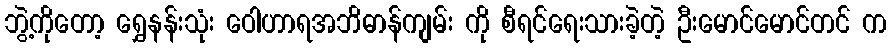
ဘွဲ့ကိုတော့ ရွှေနန်းသုံး ဝေါဟာရအဘိဓာန်ကျမ်း ကို စီရင်ရေးသားခဲ့တဲ့ ဦးမောင်မောင်တင် က